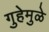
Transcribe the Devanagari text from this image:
गुहेमुळे